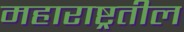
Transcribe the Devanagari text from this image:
महाराष्ट्रतील